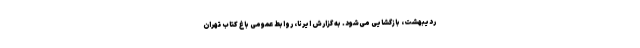
ردیبهشت، بازگشایی می‌شود. به گزارش ایرنا، روابط عمومی باغ کتاب تهران